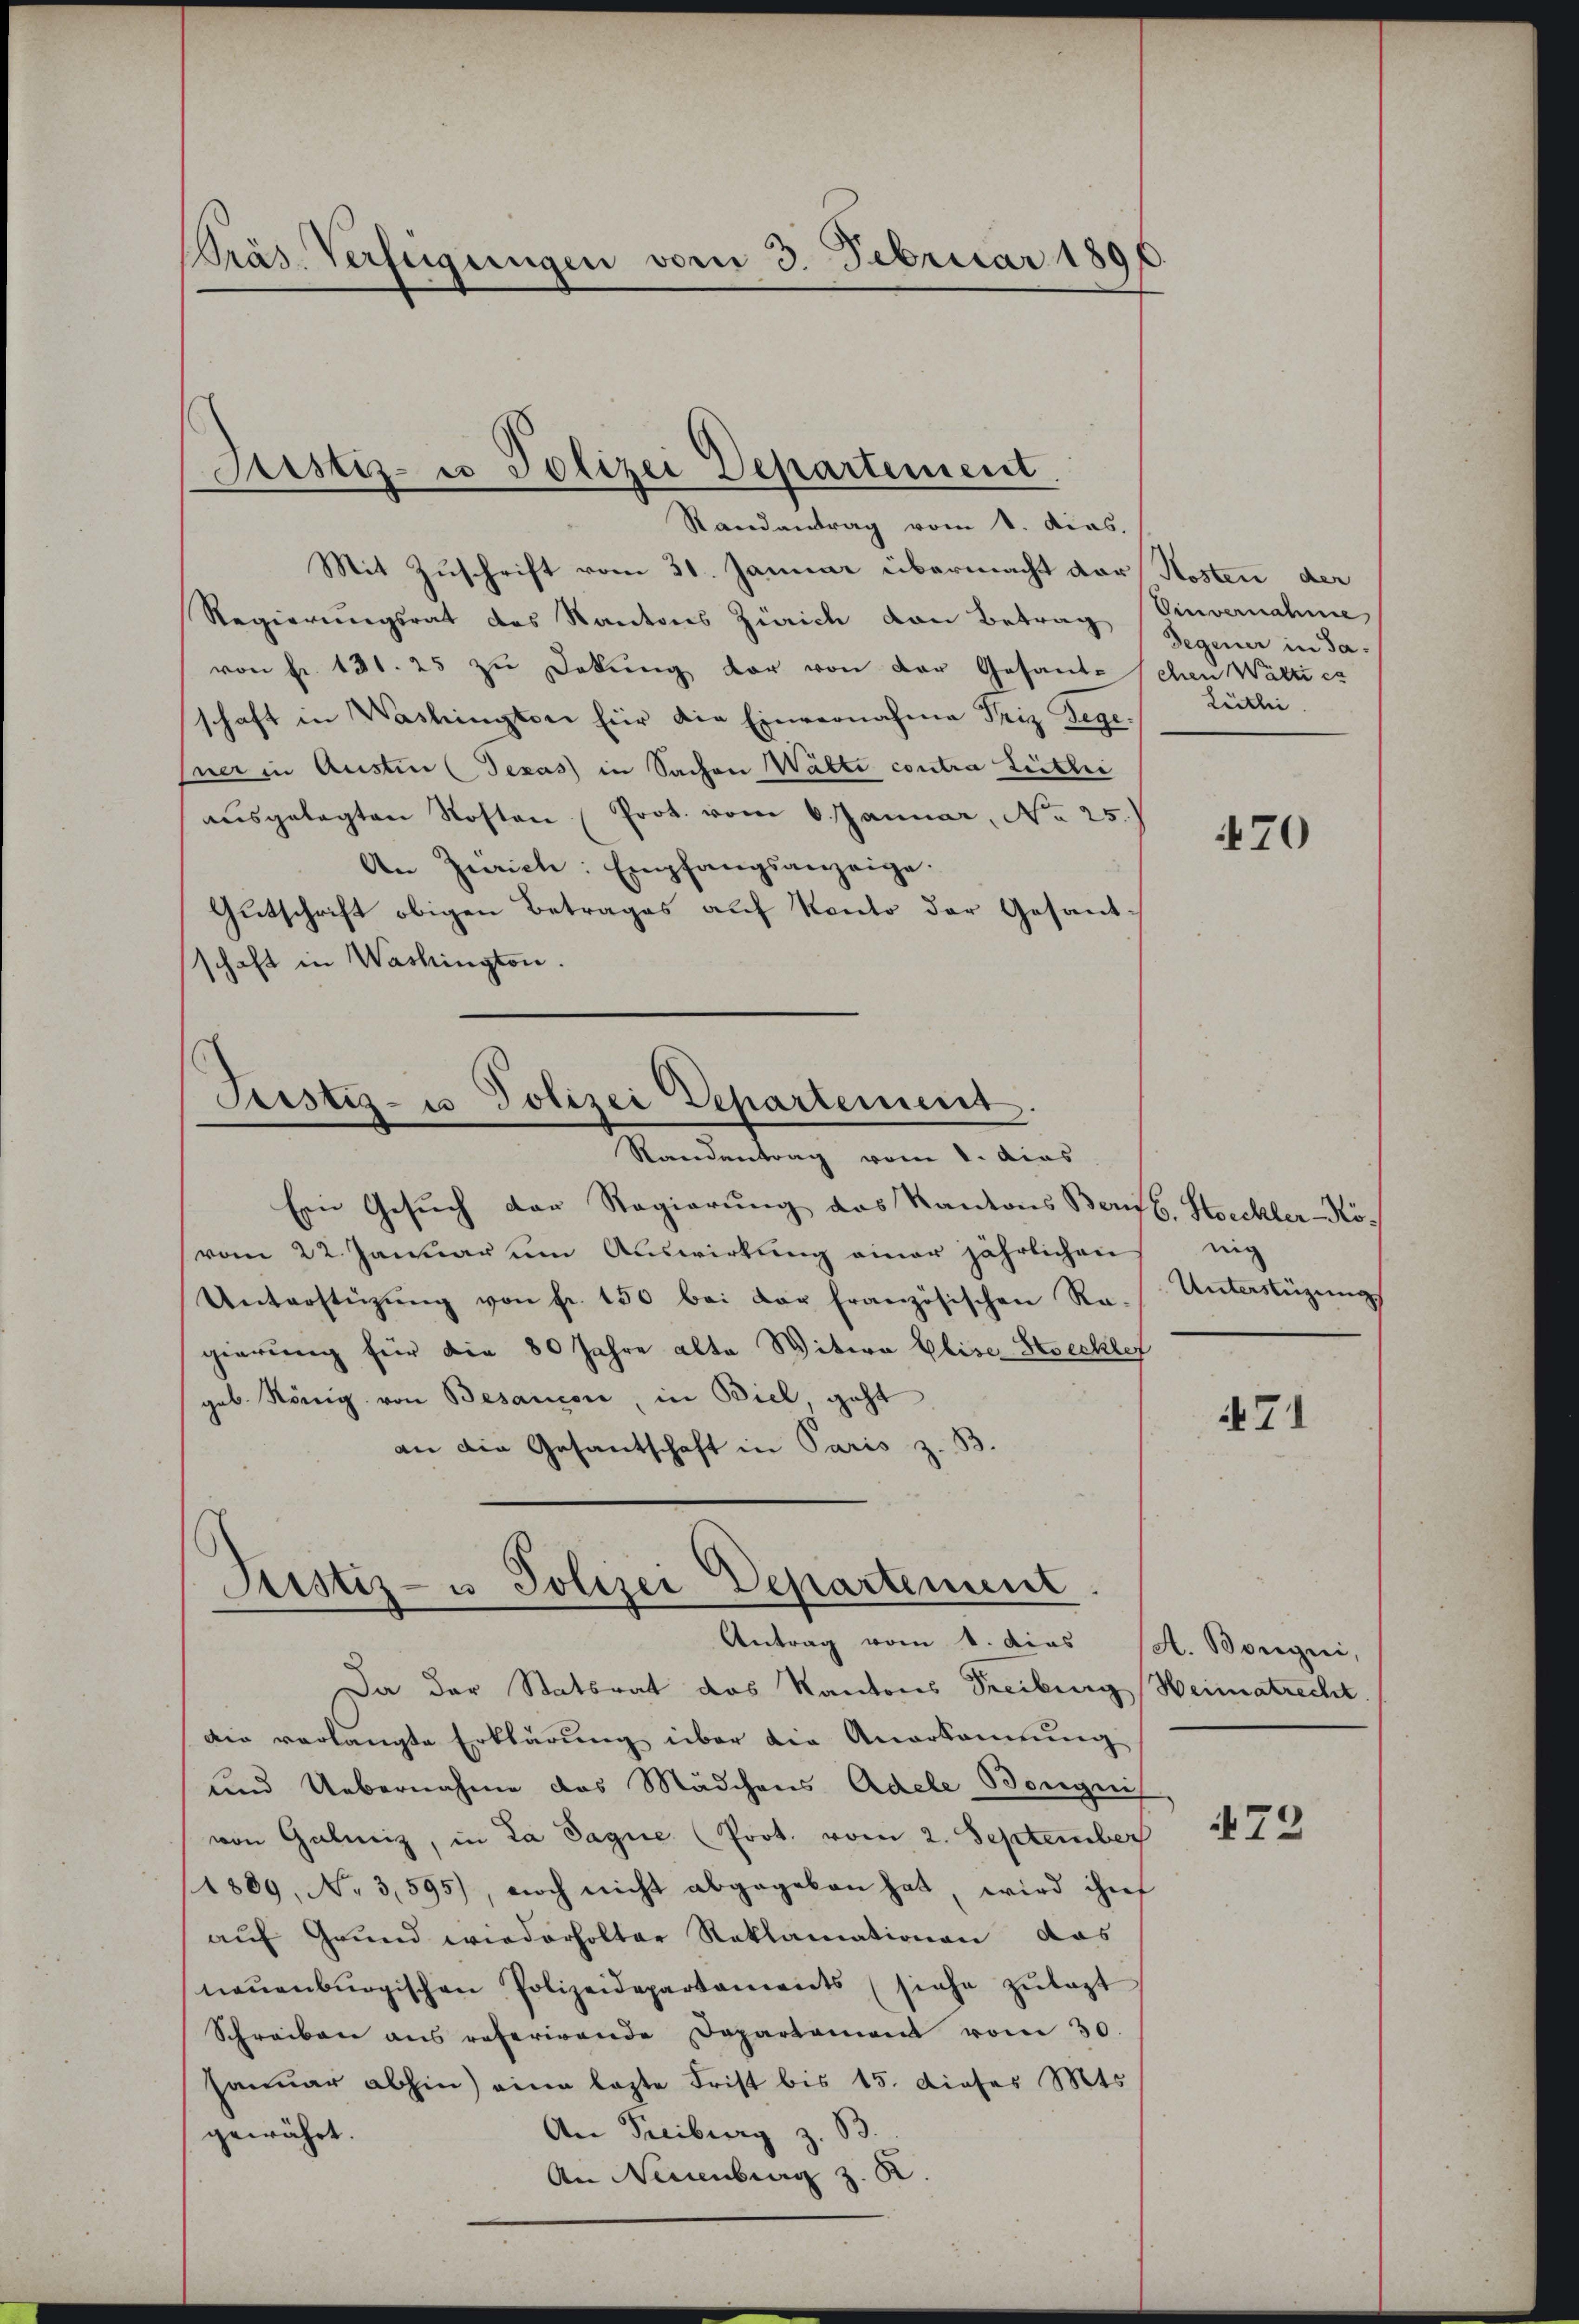
Präs. Verfügungen vom 3. Februar 1890

Justiz- u Polizei Departement
Randantrag vom 1. das.

Mit Zuschrift vom 31. Januar übermacht der Kosten der
Regierungsrat des Kantons Zürich von Betrag
von Fr. 131. 25 zŭ Dekŭng der von der Gesande Schen Watti es
schaft in Washingten für die Einvernahme Friz Degesner in Austin Texas) in Sachen Walte contra Leitli
aŭsgelegten Kosten (Prot. vom 6. Januar, No 25.)
An Zürich: Empfangsanzeige.
Gutschrift obigen Betrages auf Konto der Gesantschaft in Washington.

Justiz- u Polizei Departement.
Randantrag vom 1. dies

Ein Gesŭch der Regierung das Kantons Berufs. Stockler-Kövom 22. Januar um Auswirkung einer jährlichen nic
Unterstüzŭng von fr. 150 bei der französischen Re-Unterstüzung
gierung für die 80 Jahre alte Witwe Eliser Streckler
geb. König von Besançon, in Biel, geht
an die Gesantschaft in Paris z. B

Justiz- u Polizei Departement
Antrag vom 1. dies A. Bongii,

Da der Statsrat das Kantons Freiburg Heimatrecht
die verlangte Erklärung über die Anerkennung
und Uebernahme des Mädchens Adele Borgni
von Galmiz, in La Sague (Prot. vom 2. September
(1889, No 3,595), noch nicht abgegeben hat, wird hief
aŭf Grund wiederholter Reklamationen das
neŭenburgischen Polizeidepartanents (siehe zŭlagt
Schreiben ans referirende Departement vom 30.
Januar abhin) eine lezte Frist bis 15. dieses Mts.
An Freiburg z. B.
gewährt.
An Neuenburg z. B

Einvernahme
Degener in Sa¬
Leitli

470

71

472